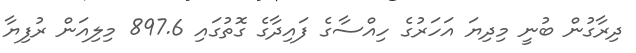
ދިރާގުން ބުނީ މިދިޔަ އަހަރުގެ ހިއްސާގެ ފައިދާގެ ގޮތުގައި 897.6 މިލިއަން ރުފިޔާ